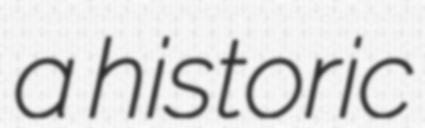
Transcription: a historic